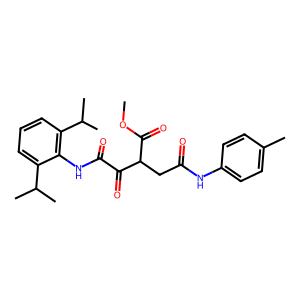
SMILES: COC(=O)C(CC(=O)Nc1ccc(C)cc1)C(=O)C(=O)Nc1c(C(C)C)cccc1C(C)C
Inhibits HIV replication: No